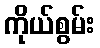
ကိုယ်စွမ်း